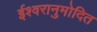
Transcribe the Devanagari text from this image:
ईश्वरानुमोदित